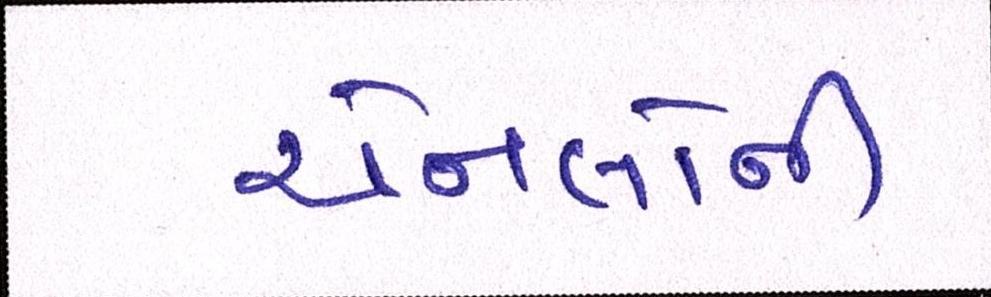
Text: ચેનલોની